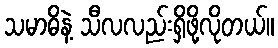
သမာဓိနဲ့ သီလလည်းရှိဖို့လိုတယ်။